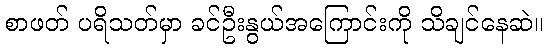
စာဖတ် ပရိသတ်မှာ ခင်ဦးနွယ်အကြောင်းကို သိချင်နေဆဲ။